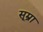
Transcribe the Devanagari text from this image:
सूम्रा